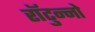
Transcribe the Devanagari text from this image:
राॅटुन्नो